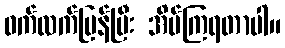
ဝက်လက်ပြန်ပြီး အိပ်ကြရတာပါ။